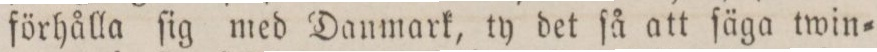
förhålla ſig med Danmark, ty det ſå att ſäga twin=